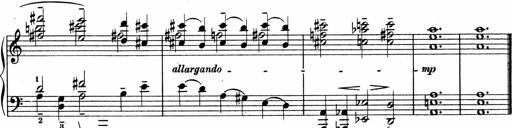
Title: Sonatina No.4
Composer: Abram Kimmell
Key: E minor